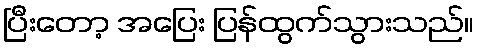
ပြီးတော့ အပြေး ပြန်ထွက်သွားသည်။